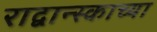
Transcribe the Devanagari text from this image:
राद्वान्स्काच्या